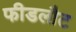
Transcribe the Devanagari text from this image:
फीडलौट